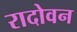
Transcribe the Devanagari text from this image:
रादोवन